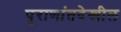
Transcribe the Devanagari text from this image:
पुराणांतदेखील